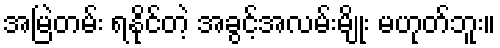
အမြဲတမ်း ရနိုင်တဲ့ အခွင့်အလမ်းမျိုး မဟုတ်ဘူး။